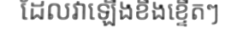
ដែលវាឡើងខឹងខ្ទើតៗ